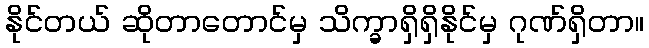
နိုင်တယ် ဆိုတာတောင်မှ သိက္ခာရှိရှိနိုင်မှ ဂုဏ်ရှိတာ။